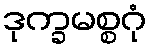
ဒုက္ခမစ္စဂုံ